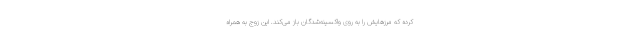
کرده که مرزهایش را به روی واکسینه‌شدگان باز می‌کند. این زوج به همراه